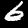
Digit: 6